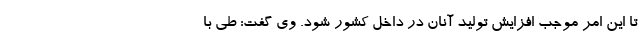
تا این امر موجب افزایش تولید آنان در داخل کشور شود. وی گفت: طی با